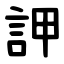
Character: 䛅